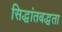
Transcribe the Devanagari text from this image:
सिद्धांतबद्धता